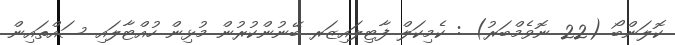
ކޮލަންބޯ (22 ނޮވެމްބަރު) : ކެމިކަލް ފާޓިލައިޒަރ ބޭނުންކުރުން މުޅިން ހުއްޓާލައި ސައްތައިން